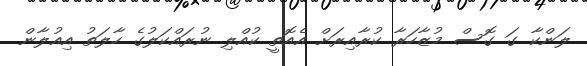
ލަންކާ ގަ ގޮސް މުޒާހަރާ ކުރާއިރަށް އެއޮތީ ކުއްލި ނުރައްކަލުގެ ހާލަތު އިއުލާން